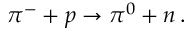
\pi ^ { - } + p \rightarrow \pi ^ { 0 } + n \, .